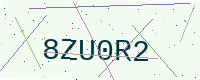
Text: 8ZU0R2